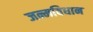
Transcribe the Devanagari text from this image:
जन्मविधान